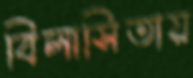
বিলাসিতায়